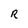
Character: R